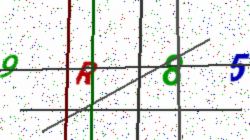
Text: 9R85